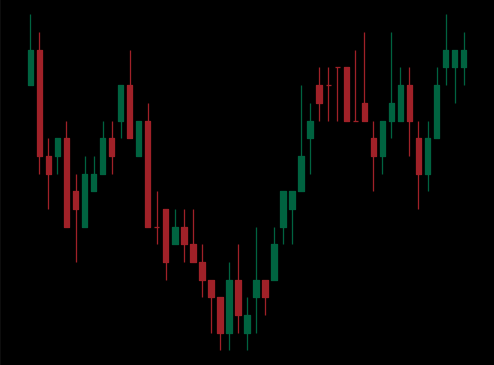
Pattern: inverse_head_shoulders